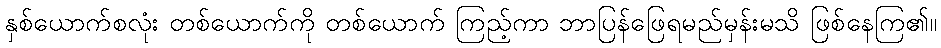
နှစ်ယောက်စလုံး တစ်ယောက်ကို တစ်ယောက် ကြည့်ကာ ဘာပြန်ဖြေရမည်မှန်းမသိ ဖြစ်နေကြ၏။